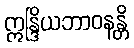
ဣန္ဒြိယဘာဝနန္တိ